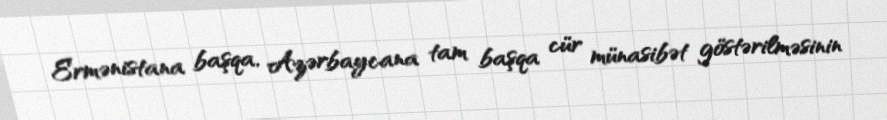
Ermənistana başqa, Azərbaycana tam başqa cür münasibət göstərilməsinin